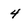
Character: 4